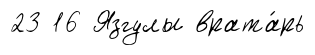
23 16 Язгулы врата́рь